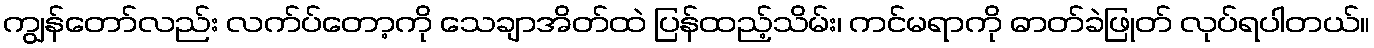
ကျွန်တော်လည်း လက်ပ်တော့ကို သေချာအိတ်ထဲ ပြန်ထည့်သိမ်း၊ ကင်မရာကို ဓာတ်ခဲဖြုတ် လုပ်ရပါတယ်။